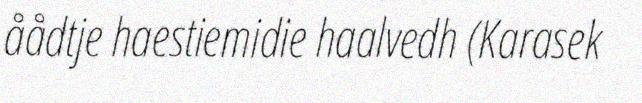
åådtje haestiemidie haalvedh (Karasek